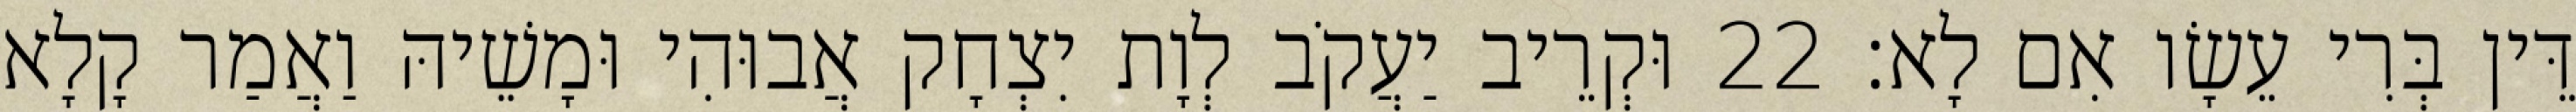
דֵּין בְּרִי עֵשָׂו אִם לָא׃ 22 וּקְרֵיב יַעֲקֹב לְוָת יִצְחָק אֲבוּהִי וּמָשֵׁיהּ וַאֲמַר קָלָא